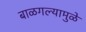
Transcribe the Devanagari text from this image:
बाळगल्यामुळे